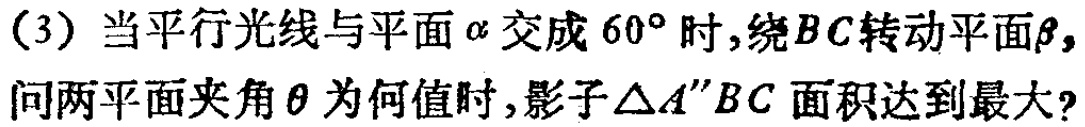
(3) 当平行光线与平面\(\alpha\)交成\(60^{\circ}\)时，绕\(BC\)转动平面\(\beta\)，问两平面夹角\(\theta\)为何值时，影子\(\triangle A^{\prime\prime}BC\)面积达到最大？